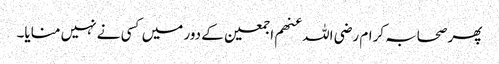
پھر صحابہ کرام رضی اللہ عنھم اجمعین کے دور میں کسی نے نہیں منایا۔